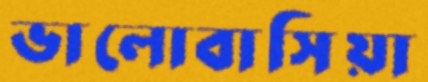
ভালোবাসিয়া